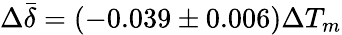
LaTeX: \Delta\bar{\delta}=(-0.039\pm 0.006)\Delta T_{m}